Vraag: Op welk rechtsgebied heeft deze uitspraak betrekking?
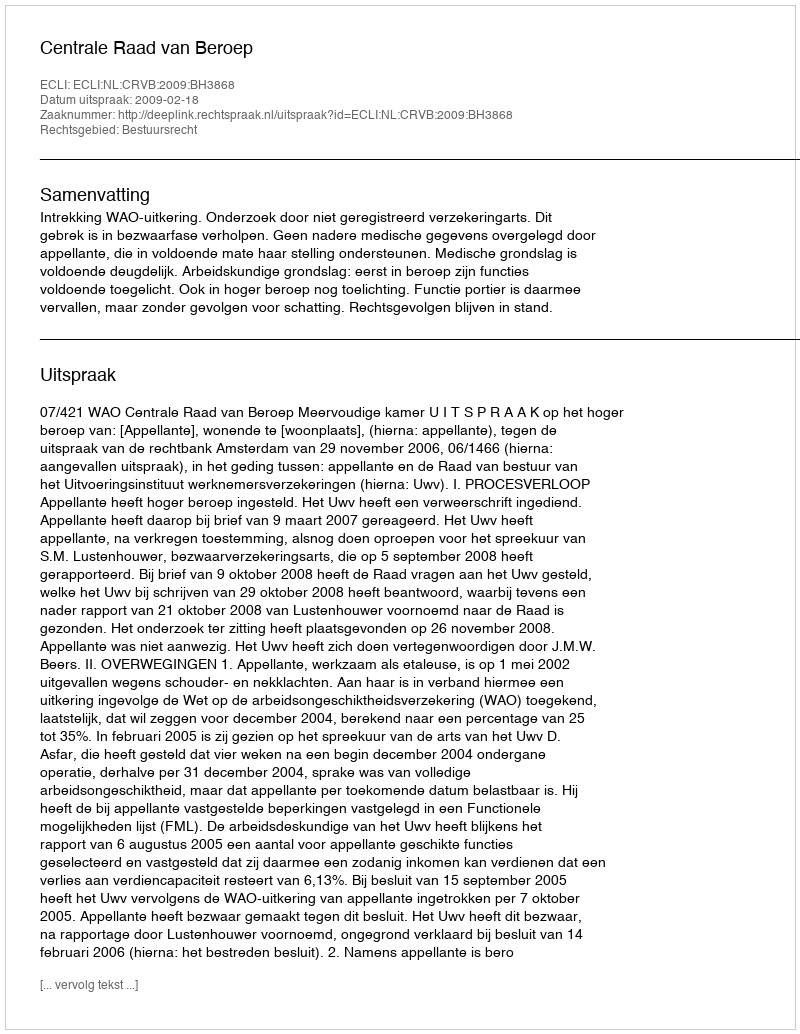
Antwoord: Bestuursrecht